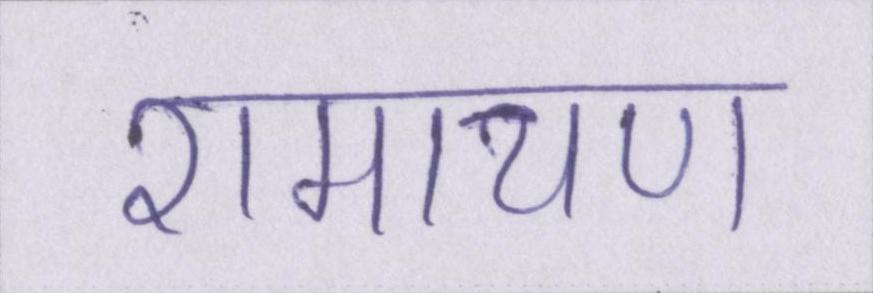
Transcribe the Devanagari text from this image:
रामायण